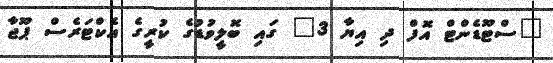
"ސްޓޫޑެންޓް އޮފް ދި އިޔާ 3" ގައި ބޮލީވުޑުގެ ކުރީގެ އެކްޓަރެސް ޕޫޖާ